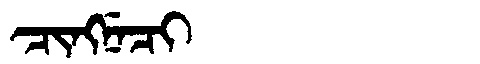
Manchu: ᠴᡳᠩᠨᡝᠴᡳ
Romanization: CINGNECI